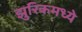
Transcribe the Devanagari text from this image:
झुरिकमध्ये